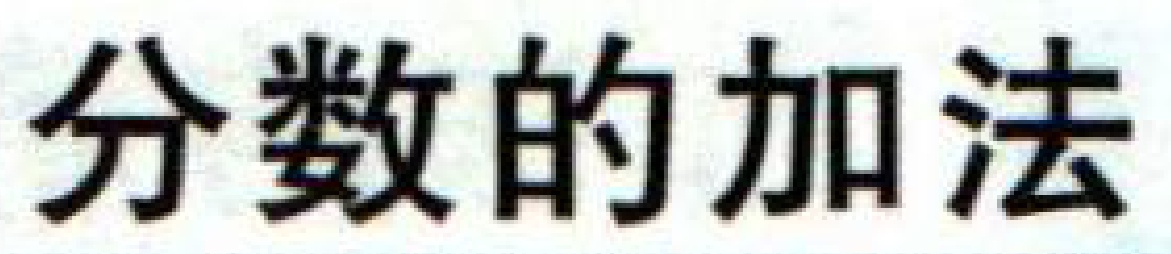
分数的加法